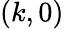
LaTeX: (k,0)